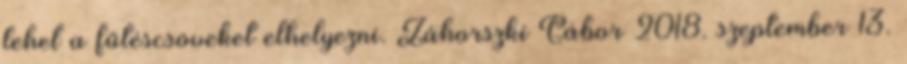
lehet a fűtéscsöveket elhelyezni. Záhorszki Gábor 2018. szeptember 13.